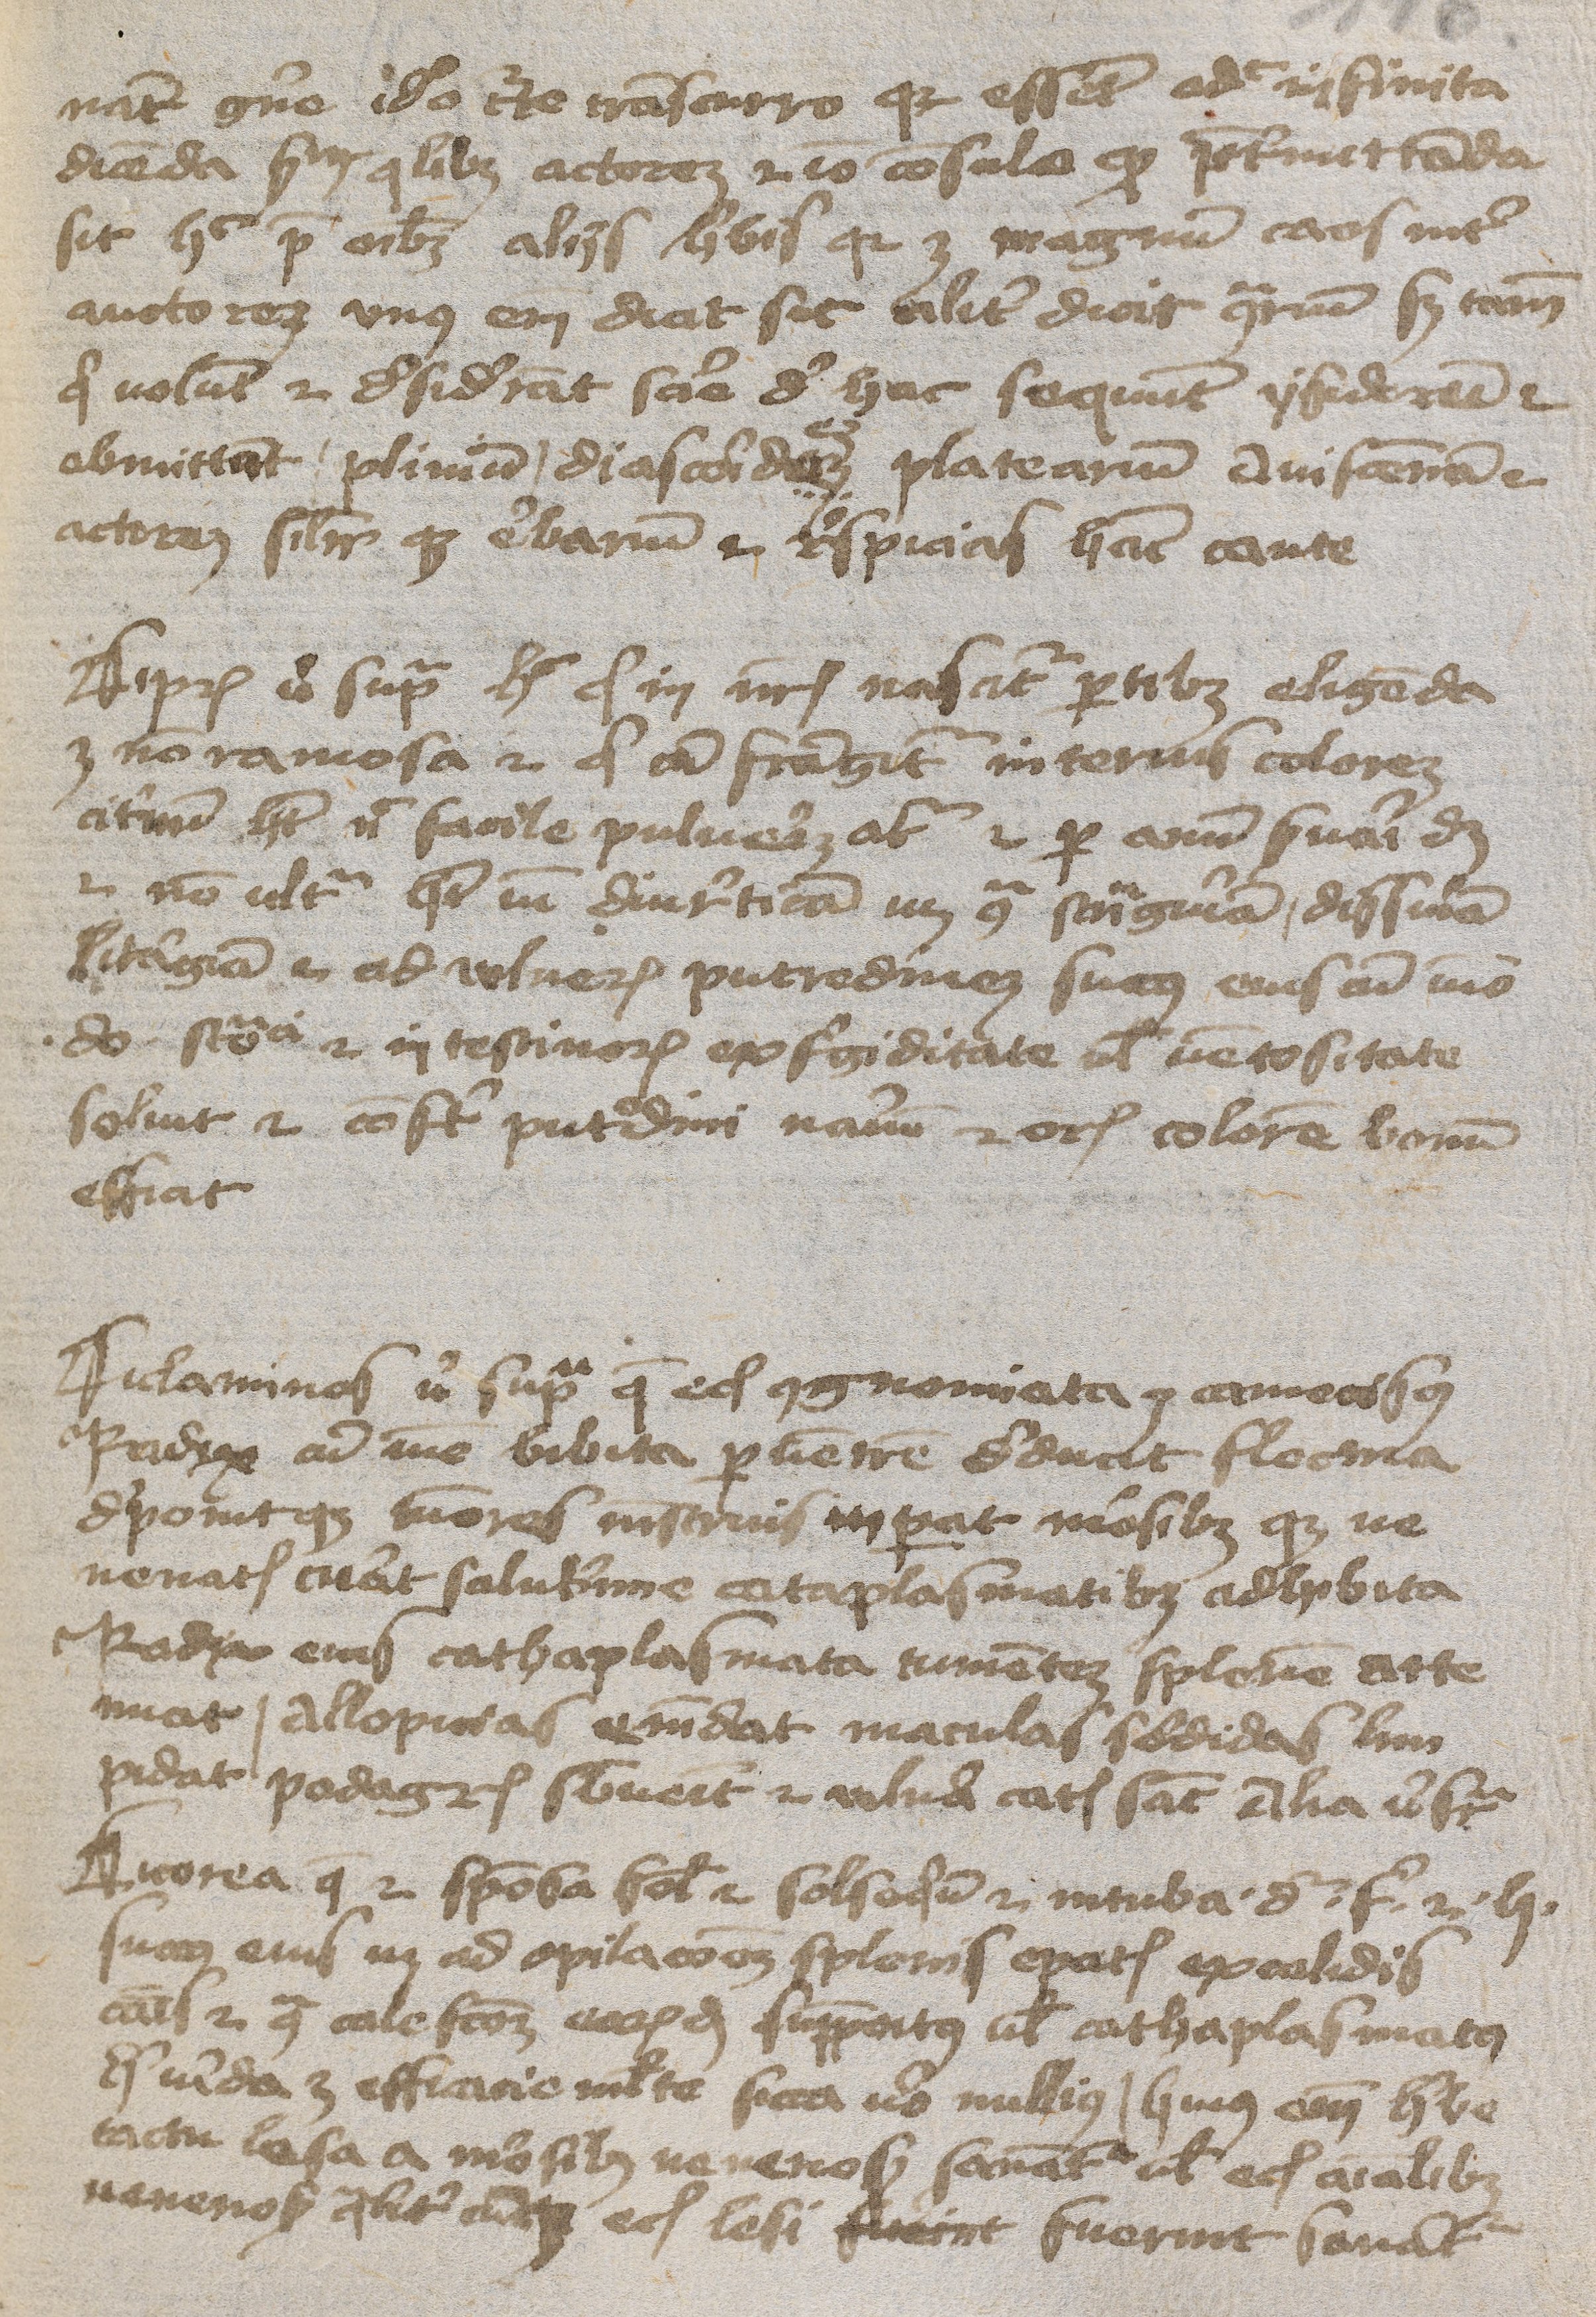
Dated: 1400–1424